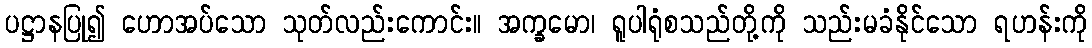
ပဋ္ဌာနပြု၍ ဟောအပ်သော သုတ်လည်းကောင်း။ အက္ခမော၊ ရူပါရုံစသည်တို့ကို သည်းမခံနိုင်သော ရဟန်းကို